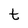
Character: t